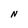
Character: N